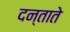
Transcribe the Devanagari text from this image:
दन्ताते